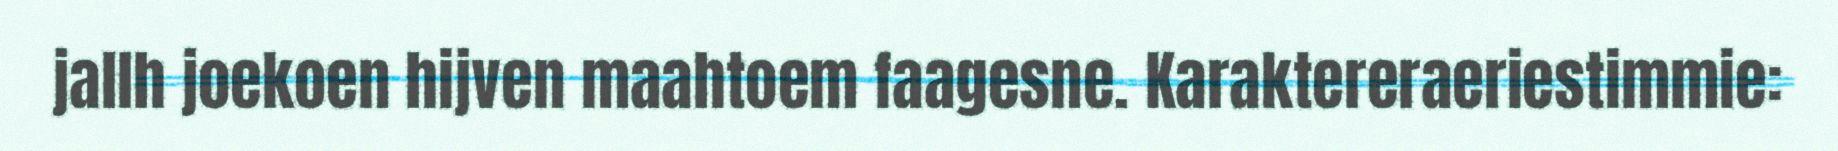
jallh joekoen hijven maahtoem faagesne. Karaktereraeriestimmie: